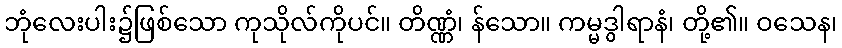
ဘုံလေးပါး၌ဖြစ်သော ကုသိုလ်ကိုပင်။ တိဏ္ဏံ၊ န်သော။ ကမ္မဒွါရာနံ၊ တို့၏။ ဝသေန၊